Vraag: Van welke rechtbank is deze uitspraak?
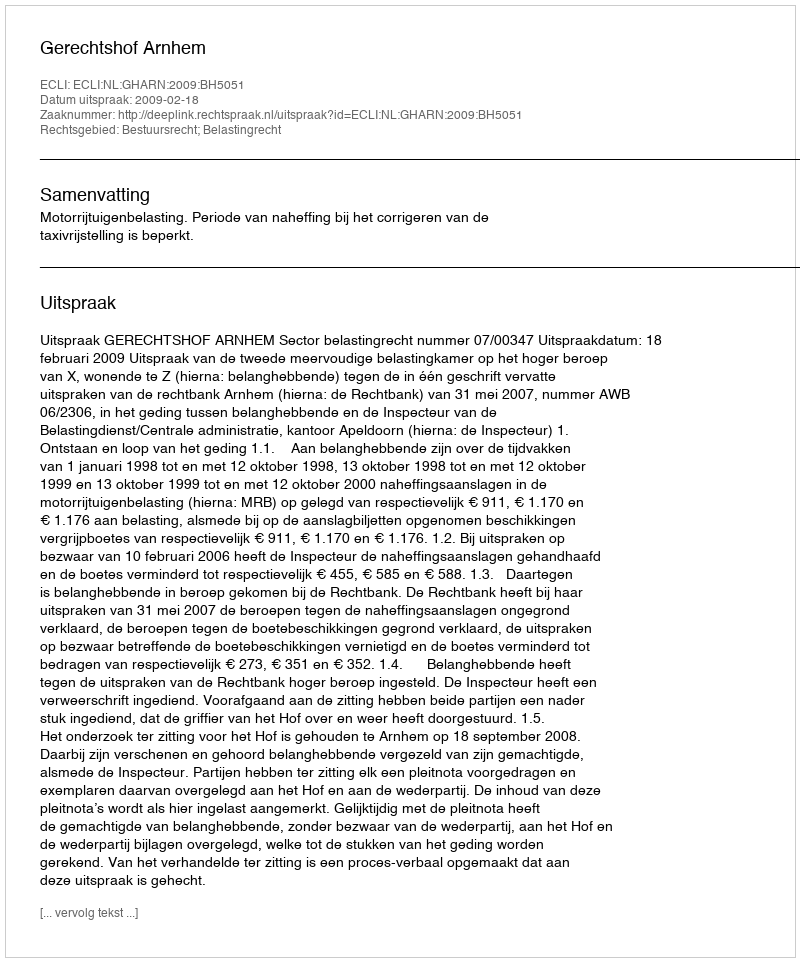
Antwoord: Gerechtshof Arnhem